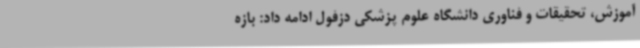
آموزش، تحقیقات و فناوری دانشگاه علوم پزشکی دزفول ادامه داد: بازه